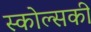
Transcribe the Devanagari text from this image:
स्कोल्सकी